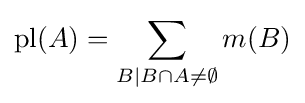
\operatorname {pl} (A)=\sum _{B\mid B\cap A\neq \emptyset }m(B)